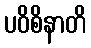
ပဝိစိနာတိ